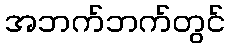
အဘက်ဘက်တွင်